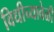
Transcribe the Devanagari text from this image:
विधीच्यावेळी